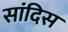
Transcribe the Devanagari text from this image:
सांदिस